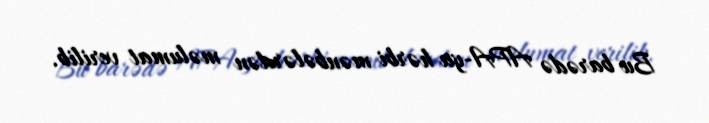
Bu barədə APA-ya hərbi mənbələrdən məlumat verilib.